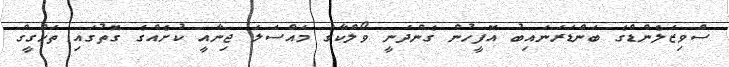
ސްވިޒަލެންޑްގެ ބަންޑަރަނައިބު އޮފީހުން ގެންދަނީ ވޯލްކާގެ މައްސަލަ ޖިނާއީ ކުށެއްގެ ގޮތުގައި ތަހްގީގް